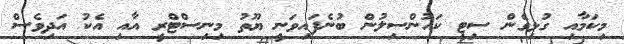
މިކަމާއި ގުޅިގެން ސިޓީ ކައުންސިލުން ބުނެފައިވަނީ ޔޫތު މިނިސްޓްރީ އާއި އެކު އަދިވެސް